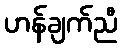
ဟန်ချက်ညီ